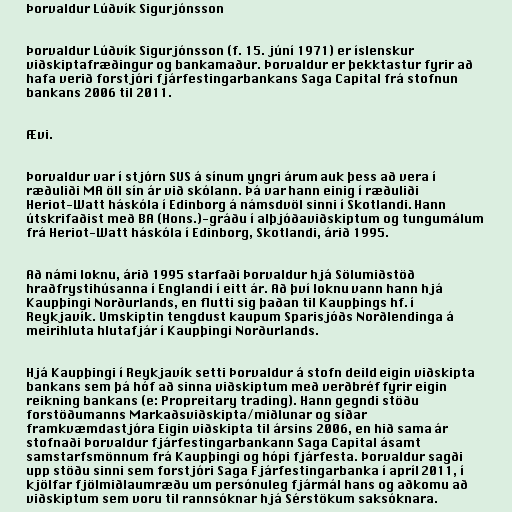
Þorvaldur Lúðvík Sigurjónsson

Þorvaldur Lúðvík Sigurjónsson (f. 15. júní 1971) er íslenskur
viðskiptafræðingur og bankamaður. Þorvaldur er þekktastur fyrir að
hafa verið forstjóri fjárfestingarbankans Saga Capital frá stofnun
bankans 2006 til 2011.

Ævi.

Þorvaldur var í stjórn SUS á sínum yngri árum auk þess að vera í
ræðuliði MA öll sín ár við skólann. Þá var hann einig í ræðuliði
Heriot-Watt háskóla í Edinborg á námsdvöl sinni í Skotlandi. Hann
útskrifaðist með BA (Hons.)-gráðu í alþjóðaviðskiptum og tungumálum
frá Heriot-Watt háskóla í Edinborg, Skotlandi, árið 1995.

Að námi loknu, árið 1995 starfaði Þorvaldur hjá Sölumiðstöð
hraðfrystihúsanna í Englandi í eitt ár. Að því loknu vann hann hjá
Kaupþingi Norðurlands, en flutti sig þaðan til Kaupþings hf. í
Reykjavík. Umskiptin tengdust kaupum Sparisjóðs Norðlendinga á
meirihluta hlutafjár í Kaupþingi Norðurlands.

Hjá Kaupþingi í Reykjavík setti Þorvaldur á stofn deild eigin viðskipta
bankans sem þá hóf að sinna viðskiptum með verðbréf fyrir eigin
reikning bankans (e: Propreitary trading). Hann gegndi stöðu
forstöðumanns Markaðsviðskipta/miðlunar og síðar
framkvæmdastjóra Eigin viðskipta til ársins 2006, en hið sama ár
stofnaði Þorvaldur fjárfestingarbankann Saga Capital ásamt
samstarfsmönnum frá Kaupþingi og hópi fjárfesta. Þorvaldur sagði
upp stöðu sinni sem forstjóri Saga Fjárfestingarbanka í apríl 2011, í
kjölfar fjölmiðlaumræðu um persónuleg fjármál hans og aðkomu að
viðskiptum sem voru til rannsóknar hjá Sérstökum saksóknara.